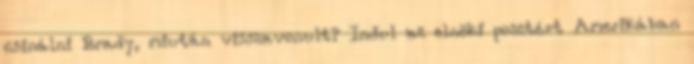
csinálni Brady, miután visszavonult? Indul az elnöki posztért Amerikában